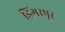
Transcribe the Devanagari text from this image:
डिंगरपूर